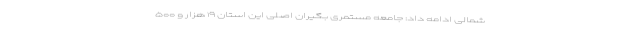
شمالی ادامه داد: جامعه مستمری بگیران اصلی این استان ۱۹ هزار و ۵۰۰